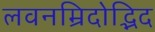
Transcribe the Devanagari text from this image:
लवनम्रिदोद्भिद